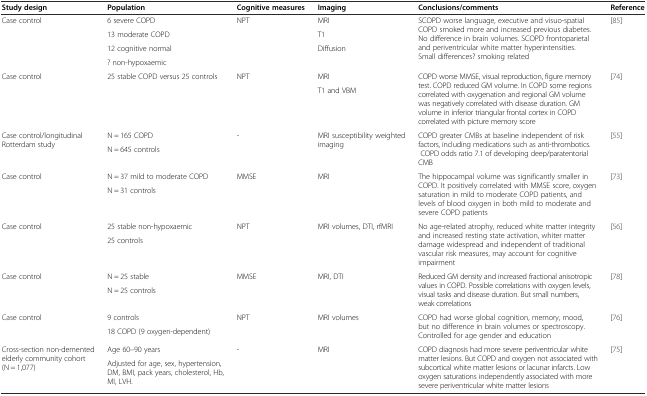
<table><thead><tr><td><b>Study design</b></td><td><b>Population</b></td><td><b>Cognitive measures</b></td><td><b>Imaging</b></td><td><b>Conclusions/comments</b></td><td><b>Reference</b></td></tr></thead><tbody><tr><td rowspan="4">Case control</td><td>6 severe COPD</td><td rowspan="4">NPT</td><td>MRI</td><td rowspan="4">SCOPD worse language, executive and visuo-spatial COPD smoked more and increased previous diabetes. No difference in brain volumes. SCOPD frontoparietal and periventricular white matter hyperintensities. Small differences? smoking related</td><td rowspan="4">[85]</td></tr><tr><td>13 moderate COPD</td><td>T1</td></tr><tr><td>12 cognitive normal</td><td rowspan="2">Diffusion</td></tr><tr><td>? non-hypoxaemic</td></tr><tr><td rowspan="2">Case control</td><td rowspan="2">25 stable COPD versus 25 controls</td><td rowspan="2">NPT</td><td>MRI</td><td rowspan="2">COPD worse MMSE, visual reproduction, figure memory test. COPD reduced GM volume. In COPD some regions correlated with oxygenation and regional GM volume was negatively correlated with disease duration. GM volume in inferior triangular frontal cortex in COPD correlated with picture memory score</td><td rowspan="2">[74]</td></tr><tr><td>T1 and VBM</td></tr><tr><td rowspan="2">Case control/longitudinal Rotterdam study</td><td>N = 165 COPD</td><td rowspan="2">-</td><td rowspan="2">MRI susceptibility weighted imaging</td><td rowspan="2">COPD greater CMBs at baseline independent of risk factors, including medications such as anti-thrombotics. COPD odds ratio 7.1 of developing deep/paratentorial CMB</td><td rowspan="2">[55]</td></tr><tr><td>N = 645 controls</td></tr><tr><td rowspan="2">Case control</td><td>N = 37 mild to moderate COPD</td><td rowspan="2">MMSE</td><td rowspan="2">MRI</td><td rowspan="2">The hippocampal volume was significantly smaller in COPD. It positively correlated with MMSE score, oxygen saturation in mild to moderate COPD patients, and levels of blood oxygen in both mild to moderate and severe COPD patients</td><td rowspan="2">[73]</td></tr><tr><td>N = 31 controls</td></tr><tr><td rowspan="2">Case control</td><td>25 stable non-hypoxaemic</td><td rowspan="2">NPT</td><td rowspan="2">MRI volumes, DTI, rfMRI</td><td rowspan="2">No age-related atrophy, reduced white matter integrity and increased resting state activation, whiter matter damage widespread and independent of traditional vascular risk measures, may account for cognitive impairment</td><td rowspan="2">[56]</td></tr><tr><td>25 controls</td></tr><tr><td rowspan="2">Case control</td><td>N = 25 stable</td><td rowspan="2">MMSE</td><td rowspan="2">MRI, DTI</td><td rowspan="2">Reduced GM density and increased fractional anisotropic values in COPD. Possible correlations with oxygen levels, visual tasks and disease duration. But small numbers, weak correlations</td><td rowspan="2">[78]</td></tr><tr><td>N = 25 controls</td></tr><tr><td rowspan="2">Case control</td><td>9 controls</td><td rowspan="2">NPT</td><td rowspan="2">MRI volumes</td><td rowspan="2">COPD had worse global cognition, memory, mood, but no difference in brain volumes or spectroscopy. Controlled for age gender and education</td><td rowspan="2">[76]</td></tr><tr><td>18 COPD (9 oxygen-dependent)</td></tr><tr><td rowspan="2">Cross-section non-demented elderly community cohort (N = 1,077)</td><td>Age 60–90 years</td><td rowspan="2">-</td><td rowspan="2">MRI</td><td rowspan="2">COPD diagnosis had more severe periventricular white matter lesions. But COPD and oxygen not associated with subcortical white matter lesions or lacunar infarcts. Low oxygen saturations independently associated with more severe periventricular white matter lesions</td><td rowspan="2">[75]</td></tr><tr><td>Adjusted for age, sex, hypertension, DM, BMI, pack years, cholesterol, Hb, MI, LVH.</td></tr></tbody></table>